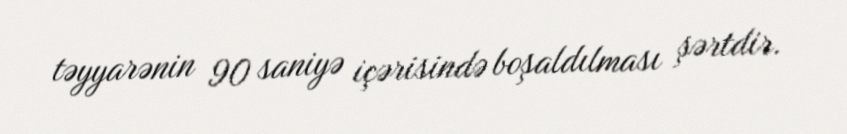
təyyarənin 90 saniyə içərisində boşaldılması şərtdir.